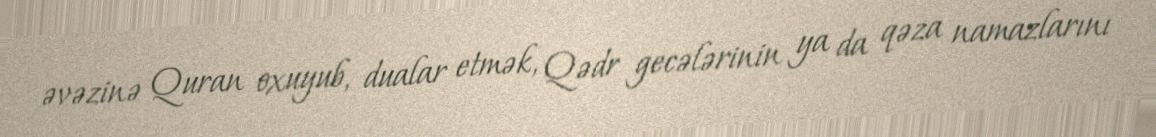
əvəzinə Quran oxuyub, dualar etmək, Qədr gecələrinin ya da qəza namazlarını